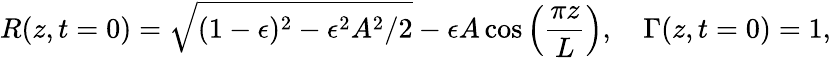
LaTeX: R(z,t=0)=\sqrt{(1-\epsilon)^{2}-\epsilon^{2}A^{2}/2}-\epsilon A\cos\left(\frac{\pi z}{L}\right),\quad\Gamma(z,t=0)=1,